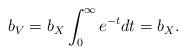
LaTeX: \begin{align*} b_V = b_X \int_0^\infty e^{-t} dt = b_X.\end{align*}